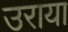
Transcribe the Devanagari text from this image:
उराया